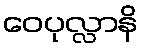
ဝေပုလ္လာနိ